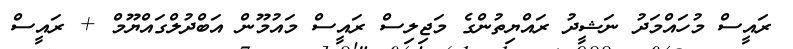
ރައީސް މުހައްމަދު ނަޝީދު ރައްޔިތުންގެ މަޖިލިސް ރައީސް މައުމޫން އަބްދުލްގައްޔޫމް + ރައީސް